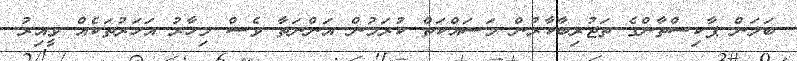
ބަލަން ޕާކިސްތާންގެ ތަޖުރިބާކާރުން މަސައްކަތް ކުރަމުން އަންނަތާ ވެސް މިހާރު އަހަރުތަކެއް ވީއިރު